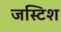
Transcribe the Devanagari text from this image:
जस्टिश